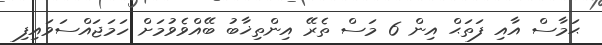
ޙަމާސް އާއި ފަތަޙް އިން 6 މަސް ތެރޭ އިންތިޚާބު ބޭއްވެވުމަށް ހަމަޖައްސަވައިފި